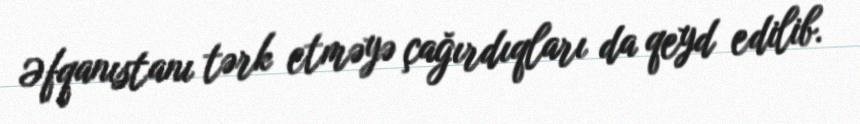
Əfqanıstanı tərk etməyə çağırdıqları da qeyd edilib.